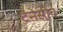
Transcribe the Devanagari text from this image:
टेनेसीत